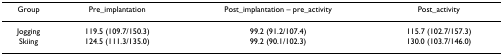
<table><thead><tr><td><b>Group</b></td><td><b>Pre_implantation</b></td><td><b>Post_implantation – pre_activity</b></td><td><b>Post_activity</b></td></tr></thead><tbody><tr><td>Jogging</td><td>119.5 (109.7/150.3)</td><td>99.2 (91.2/107.4)</td><td>115.7 (102.7/157.3)</td></tr><tr><td>Skiing</td><td>124.5 (111.3/135.0)</td><td>99.2 (90.1/102.3)</td><td>130.0 (103.7/146.0)</td></tr></tbody></table>